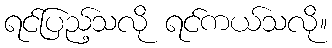
ရင်ပြည့်သလို ရင်ကယ်သလို။